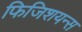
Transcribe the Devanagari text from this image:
फिजिशयन्स